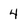
Character: 4